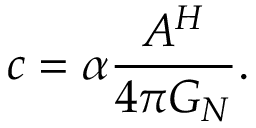
c = \alpha \frac { A ^ { H } } { 4 \pi G _ { N } } .